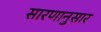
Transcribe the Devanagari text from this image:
सारणानुसार